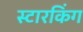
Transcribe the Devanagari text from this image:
स्‍टारकिंग